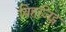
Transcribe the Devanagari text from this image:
विहजिट्स